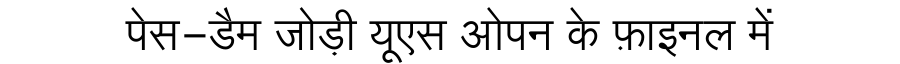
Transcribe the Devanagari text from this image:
पेस-डैम जोड़ी यूएस ओपन के फ़ाइनल में